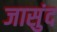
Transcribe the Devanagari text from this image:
जासुंद